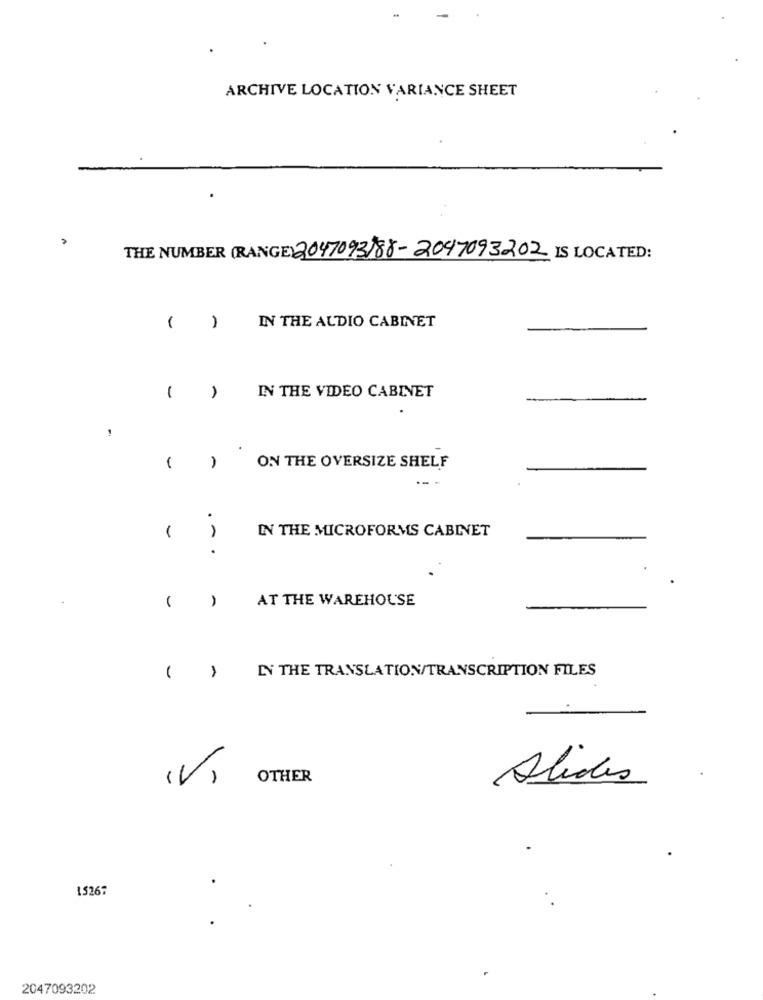
ARCHIVE LOCATION VARIANCE SHEET
THE NUMBER (RANGE) 2047093)88-2047093202 IS LOCATED:
( )
IN THE ALDIO CABINET
1
IN THE VIDEO CABINET
1
ON THE OVERSIZE SHELF
.
IN THE MICROFORMS CABINET
.-
.
AT THE WAREHOUSE
IN THE TRANSLATION/TRANSCRIPTION FILES
( )
(V)
OTHER
Alides
15267
2047093202